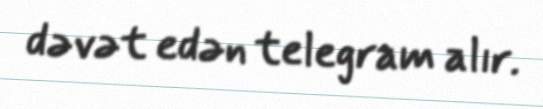
dəvət edən telegram alır.